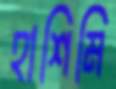
হাশিমি